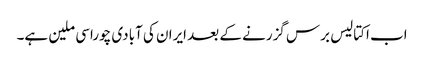
اب اکتالیس برس گزرنے کے بعد ایران کی آبادی چوراسی ملین ہے۔